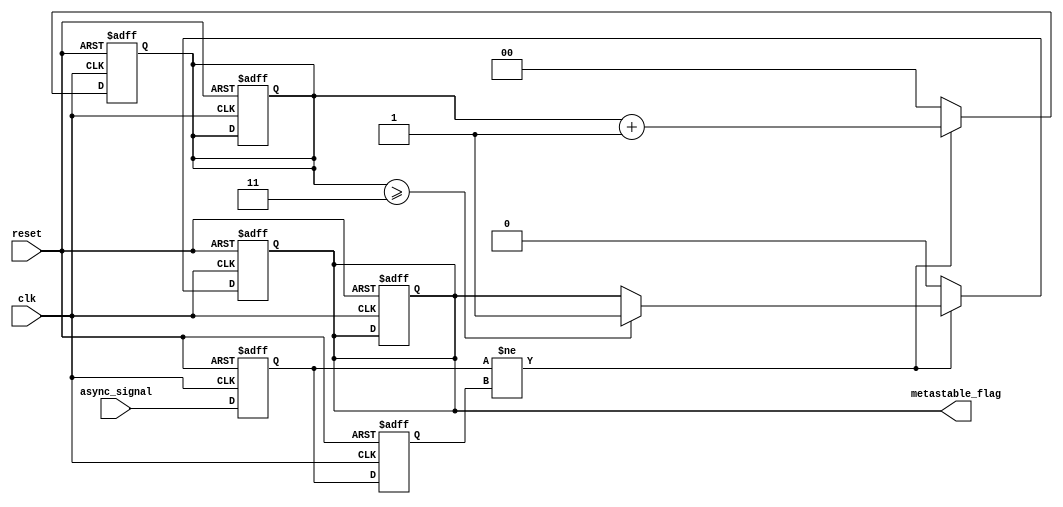
module metastability_detector (
    input wire clk,            // Clock signal
    input wire reset,          // Reset signal
    input wire async_signal,   // Asynchronous input signal to monitor
    output reg metastable_flag // Flag indicating metastability detection
);

    // Internal signals to hold the state of the latches
    reg latch1, latch2;
    reg latch1_stable, latch2_stable; // Stabilized outputs of latches

    // Parameters for timing considerations
    parameter STABILITY_TIME = 3; // Number of clock cycles to check for stability

    // Counter to monitor stability duration
    reg [1:0] stability_counter; // 2-bit counter to count stable cycles

    // Latch sampling process
    always @(posedge clk or posedge reset) begin
        if (reset) begin
            latch1 <= 1'b0;
            latch2 <= 1'b0;
            metastable_flag <= 1'b0;
            stability_counter <= 0;
        end else begin
            // Sample the input signal
            latch1 <= async_signal;        // Sample async_signal on rising edge of clk
            latch2 <= latch1;              // Sample latch1 output on next clock edge
        end
    end

    // Stability check and metastability detection
    always @(posedge clk or posedge reset) begin
        if (reset) begin
            latch1_stable <= 1'b0;
            latch2_stable <= 1'b0;
            metastable_flag <= 1'b0;
            stability_counter <= 0;
        end else begin
            // Check if latches are different (indicating potential metastability)
            if (latch1 != latch2) begin
                stability_counter <= stability_counter + 1;
                if (stability_counter >= STABILITY_TIME) begin
                    metastable_flag <= 1'b1; // Set the metastability flag if not stabilized
                end
            end else begin
                stability_counter <= 0; // Reset counter if latches stabilize
                metastable_flag <= 1'b0; // Clear the metastability flag
            end
            
            // Update stable outputs
            latch1_stable <= latch1;
            latch2_stable <= latch2;
        end
    end

endmodule